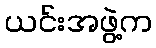
ယင်းအဖွဲ့က